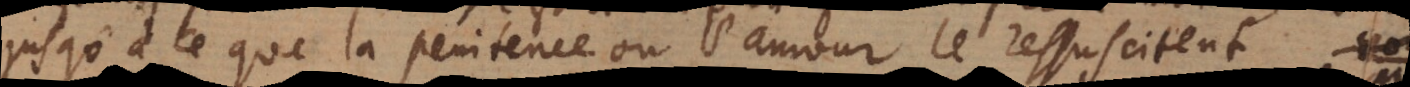
jusqu’à ce que la penitence ou l’amour le ressuscitent.